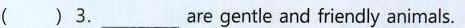
( )3.___ are gentle and friendly animals.